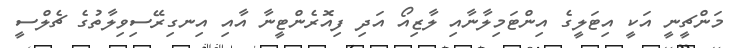
މަންޗީނީ އަކީ އިޓަލީގެ އިންޓަމިލާނާއި ލާޒިއޯ އަދި ފިއޮރެންޓީނާ އާއި އިނގިރޭސިވިލާތުގެ ޗެލްސީ